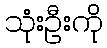
သုံးဦးကို